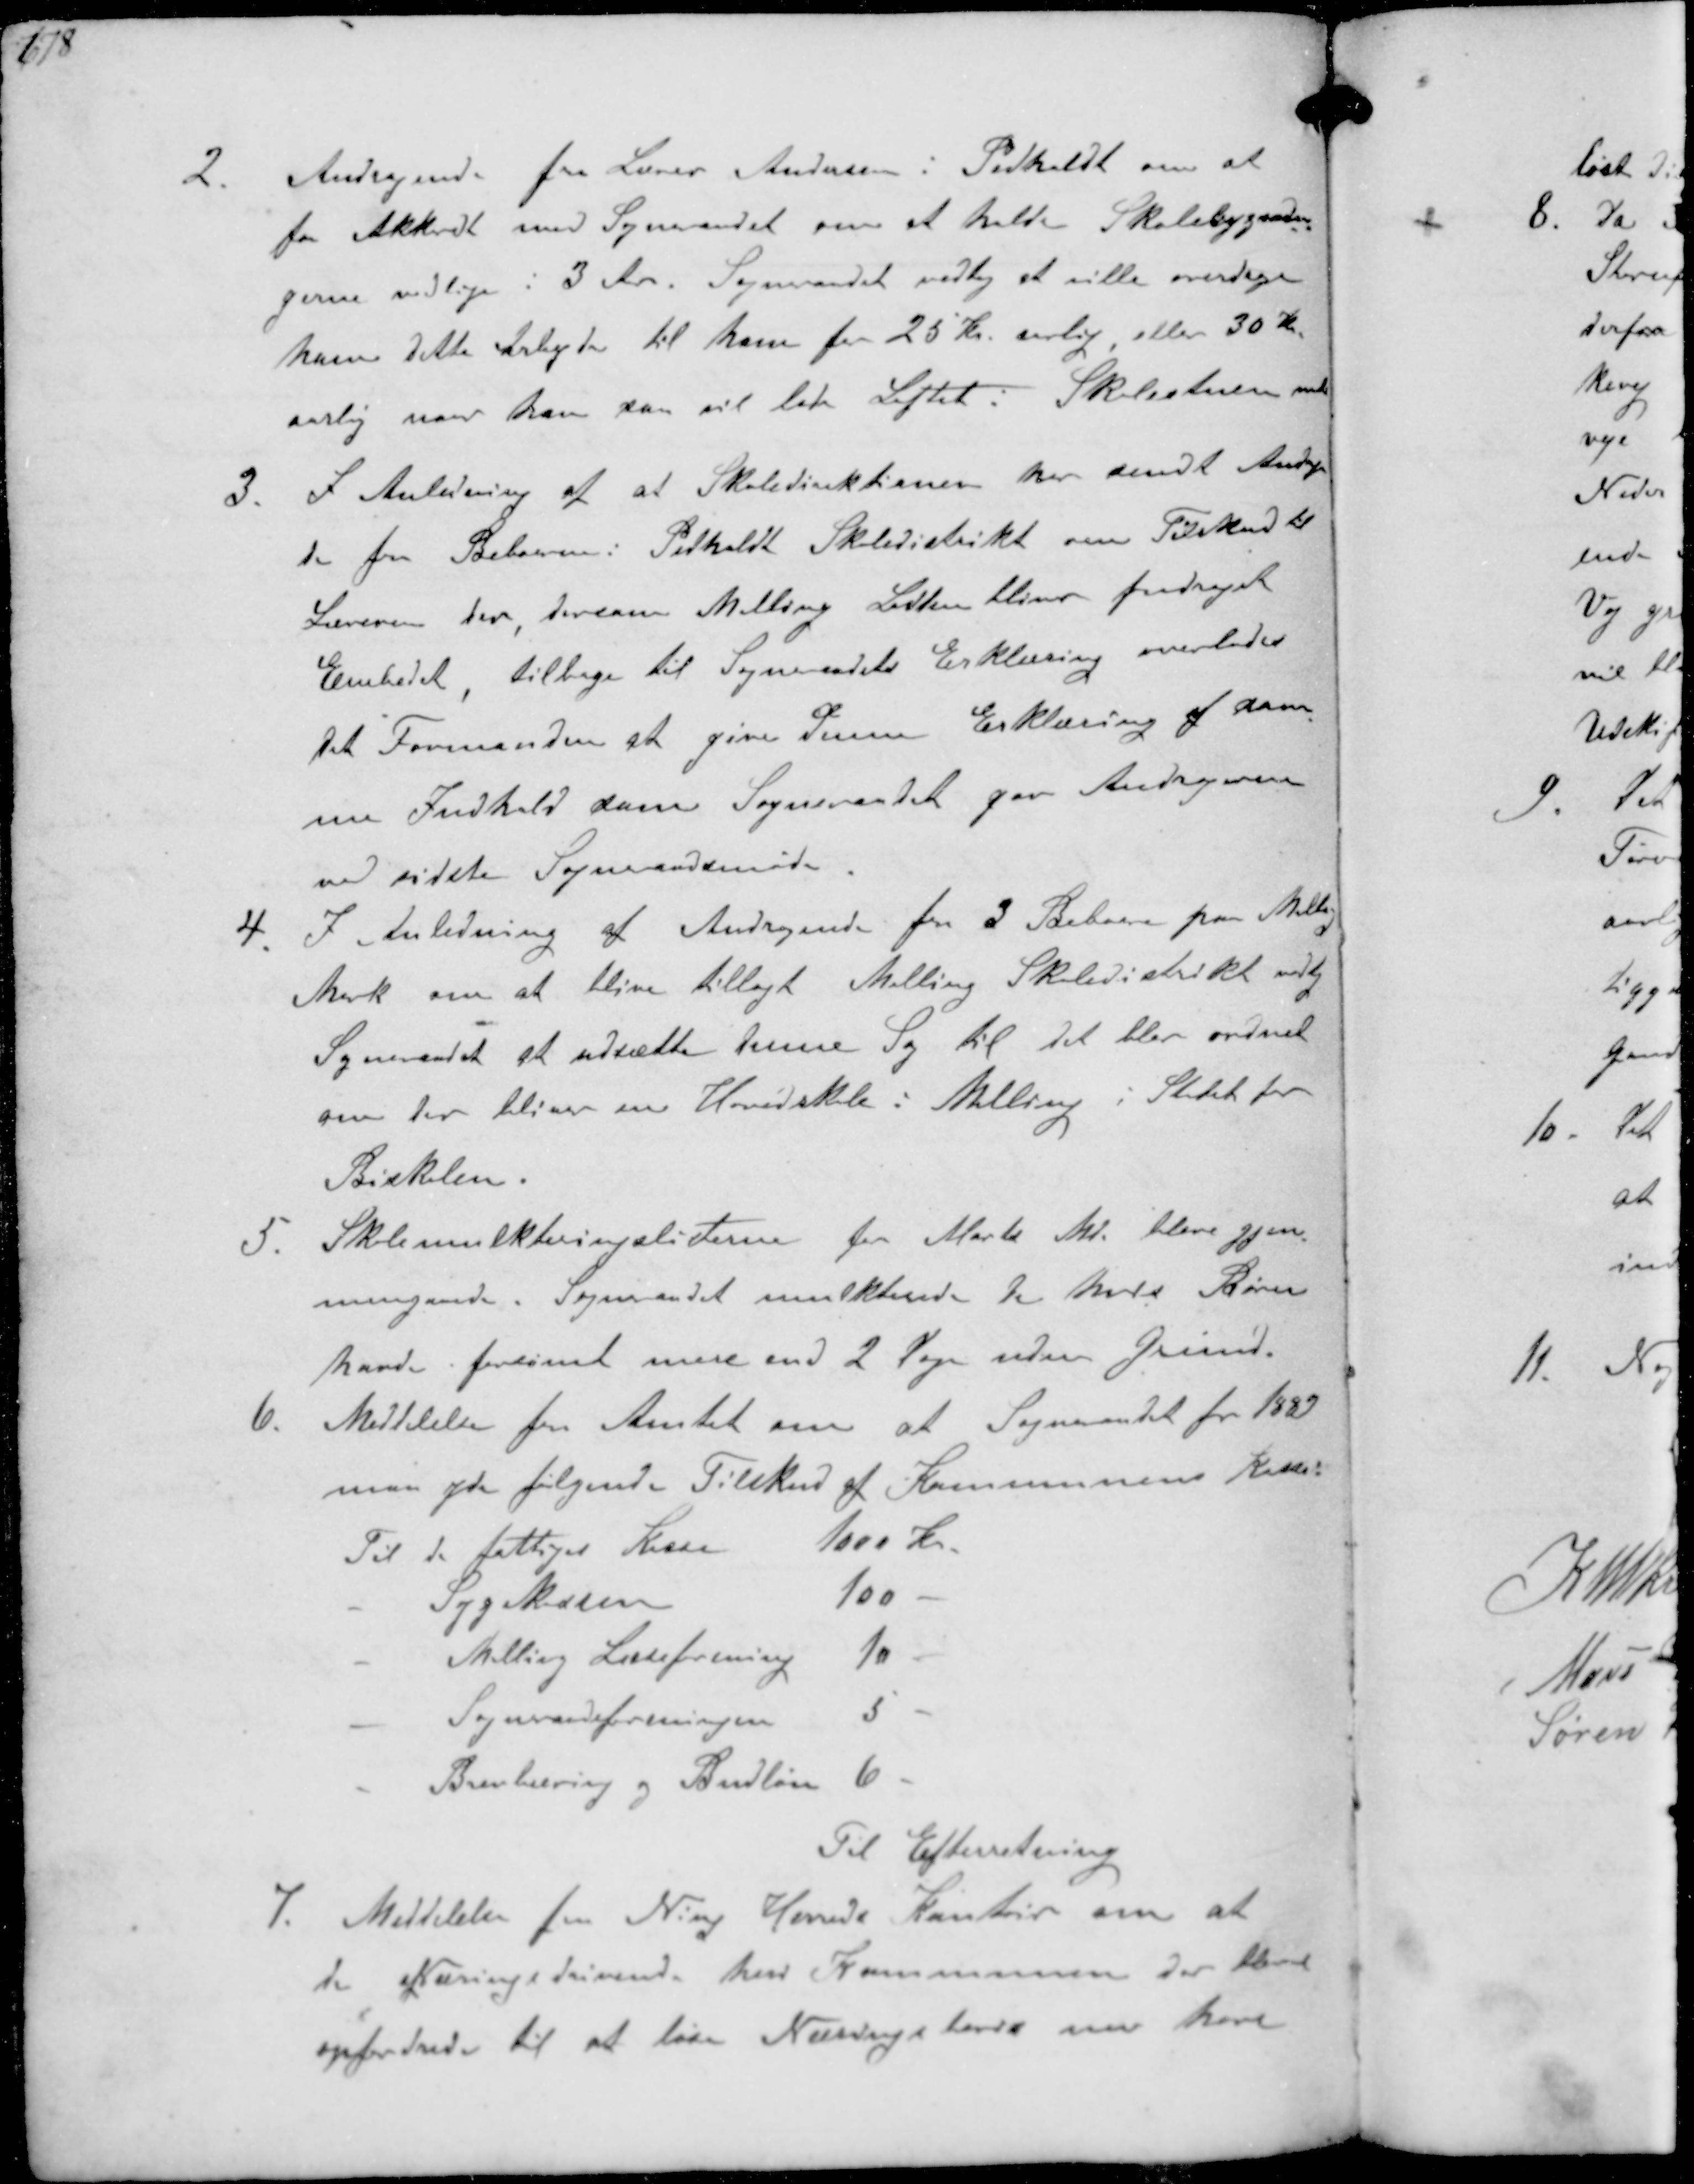
Transskription:
2. Andragende fra Lærer Andersen i Pedholdt om at
for Akkordt med Sogneraadet om at holde Skolebygnin-
gerne vedlige i 3 Aar. Sogneraadet vedtog at ville overdrage
ham dette Arbejde til ham for 25 Kr aarlig eller 30 Kr.
aarlig naar han kan vil lade Loftet i Skolestuen male
3. I Anledning af at Skoledirektionen her sendt Andragen-
de fra Beboerne i Pedholdt Skoledistrikt om Tilskud til
Læreren der, dersom Malling Lodden bliver fradraget
Embedet, tilbage til Sogneraadets Erklæring overlades
til Formanden at give denne Erklæring af sam-
me Indhold som Sogneraadet gav Andragerne
ved sidste Sogneraadsmøde
4. I Anledning af Andragende fra 3 Beboere paa Malling
Mark om at blive tillagt Malling Skoledistrikt vedtog
Sogneraadet at udsætte denne Sag til det blev ordnet
om der bliver en Hovedskole i Malling i Stedet for
Biskolen.
5. Skolemulkteringslisterne for Marts Md bleve gjen-
nemgaaede. Sogneraadet mulkterede de hvis Børn
havde forsømt mere end 2 Dage uden Grund
6. Meddelelse fra Amtet om at Sogneraadet for 1889
maa yde følgende Tilskud af Kommunens kasse
Til de fattiges Kasse
1000 Kr
- Sygekassen
100 -
- Malling Læseforening
10 -
- Sogneraadsforeningen
5 -
- Brevbæring og Budløn
6 -
Til Efterretning
7. Meddelelse fra Ning Herrede Kontor om at
de Næringsdrivende heri Kommunen der bleve
opfordrede til at løse Næringsbevis nu have